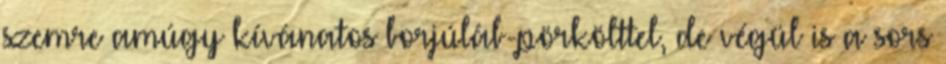
szemre amúgy kívánatos borjúláb-pör­költtel, de végül is a sors